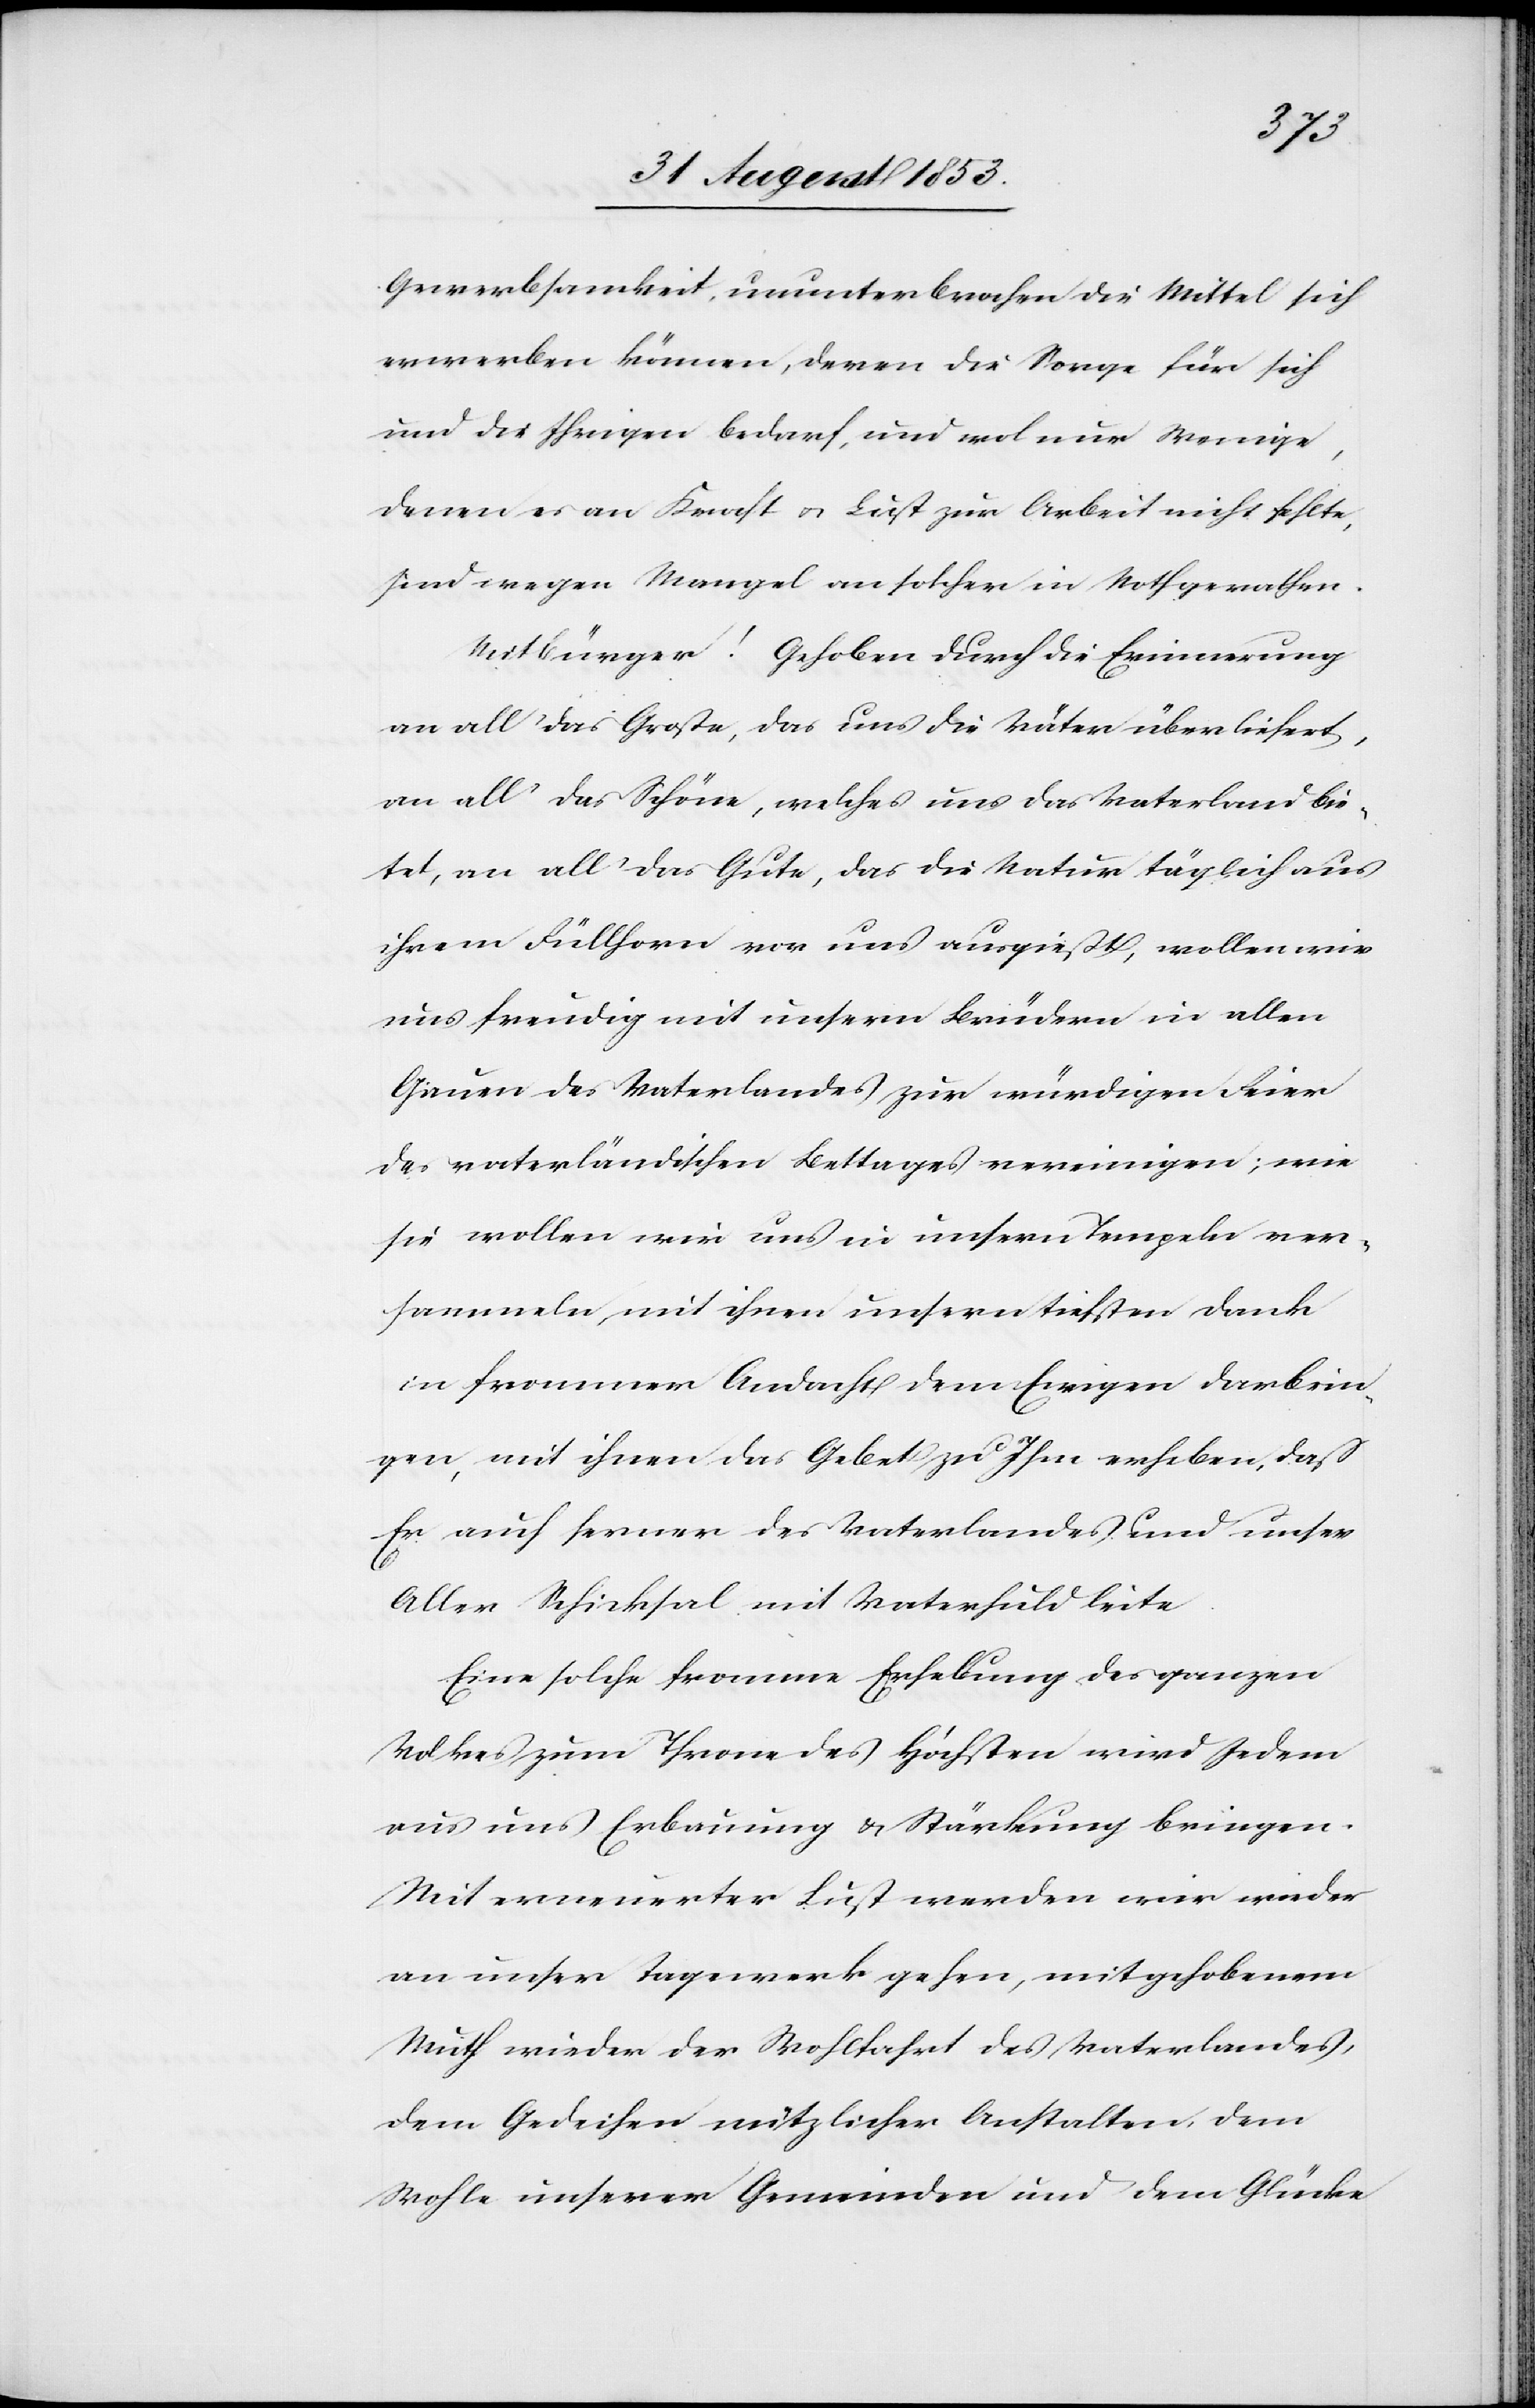
Gewerbsamkeit, ununterbrochen die Mittel sich
erwerben können, deren die Sorge für sich
und die Ihrigen bedarf, und wol nur Wenige,
denen es an Kraft u. List zur Arbeit nicht fehlte,
sind wegen Mangel an solcher in Noth gerathen.
Mitbürger! Gehoben durch die Erinnerung
an all’ das Große, das uns die Väter überliefert,
an all’ das Schöne, welches uns das Vaterland bie¬
tet, an all’ das Gute, das die Natur täglich aus
ihrem Füllhorn vor uns ausgießt, wollen wir
uns freudig mit unsern Brüdern in allen
Gauen des Vaterlandes zur würdigen Feier
des vaterländischen Bettages vereinigen; wie
sie wollen wir uns in unsern Tempeln ver¬
sammeln, mit ihnen unsern tiefsten Dank
in frommer Andacht dem Ewigen darbrin¬
gen, mit ihnen das Gebet zu Ihm erheben, daß
Er auch ferner des Vaterlandes und unser
Aller Schicksal mit Vaterhuld leite.
Eine solche fromme Erhebung des ganzen
Volkes zum Thron des Höchsten wird Jedem
aus uns Erbauung u. Stärkung bringen.
Mit erneuerter Frist werden wir wieder
an unser Tagewerk gehen, mit gehobenem
Muth wieder der Wohlfahrt des Vaterlandes,
dem Gedeihen nützlicher Anstalten, dem
Wohle unserer Gemeinden und dem Glücke